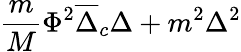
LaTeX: {\frac{m}{M}}\Phi^{2}\overline{{\Delta}}_{c}\Delta+m^{2}\Delta^{2}